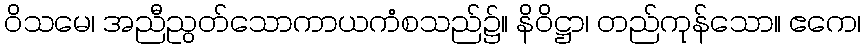
ဝိသမေ၊ အညီညွတ်သောကာယကံစသည်၌။ နိဝိဋ္ဌာ၊ တည်ကုန်သော။ ဧကေ၊